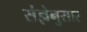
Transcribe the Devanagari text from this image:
संज्ञेनुसार